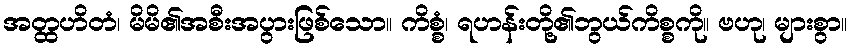
အတ္ထဟိတံ၊ မိမိ၏အစီးအပွားဖြစ်သော။ ကိစ္စံ၊ ရဟန်းတို့၏ဘွယ်ကိစ္စကို။ ဗဟု၊ များစွာ။